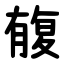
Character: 㬼